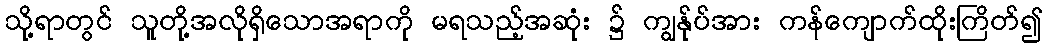
သို့ရာတွင် သူတို့အလိုရှိသောအရာကို မရသည့်အဆုံး ၌ ကျွန်ုပ်အား ကန်ကျောက်ထိုးကြိတ်၍